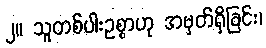
၂။ သူတစ်ပါးဥစ္စာဟု အမှတ်ရှိခြင်း၊